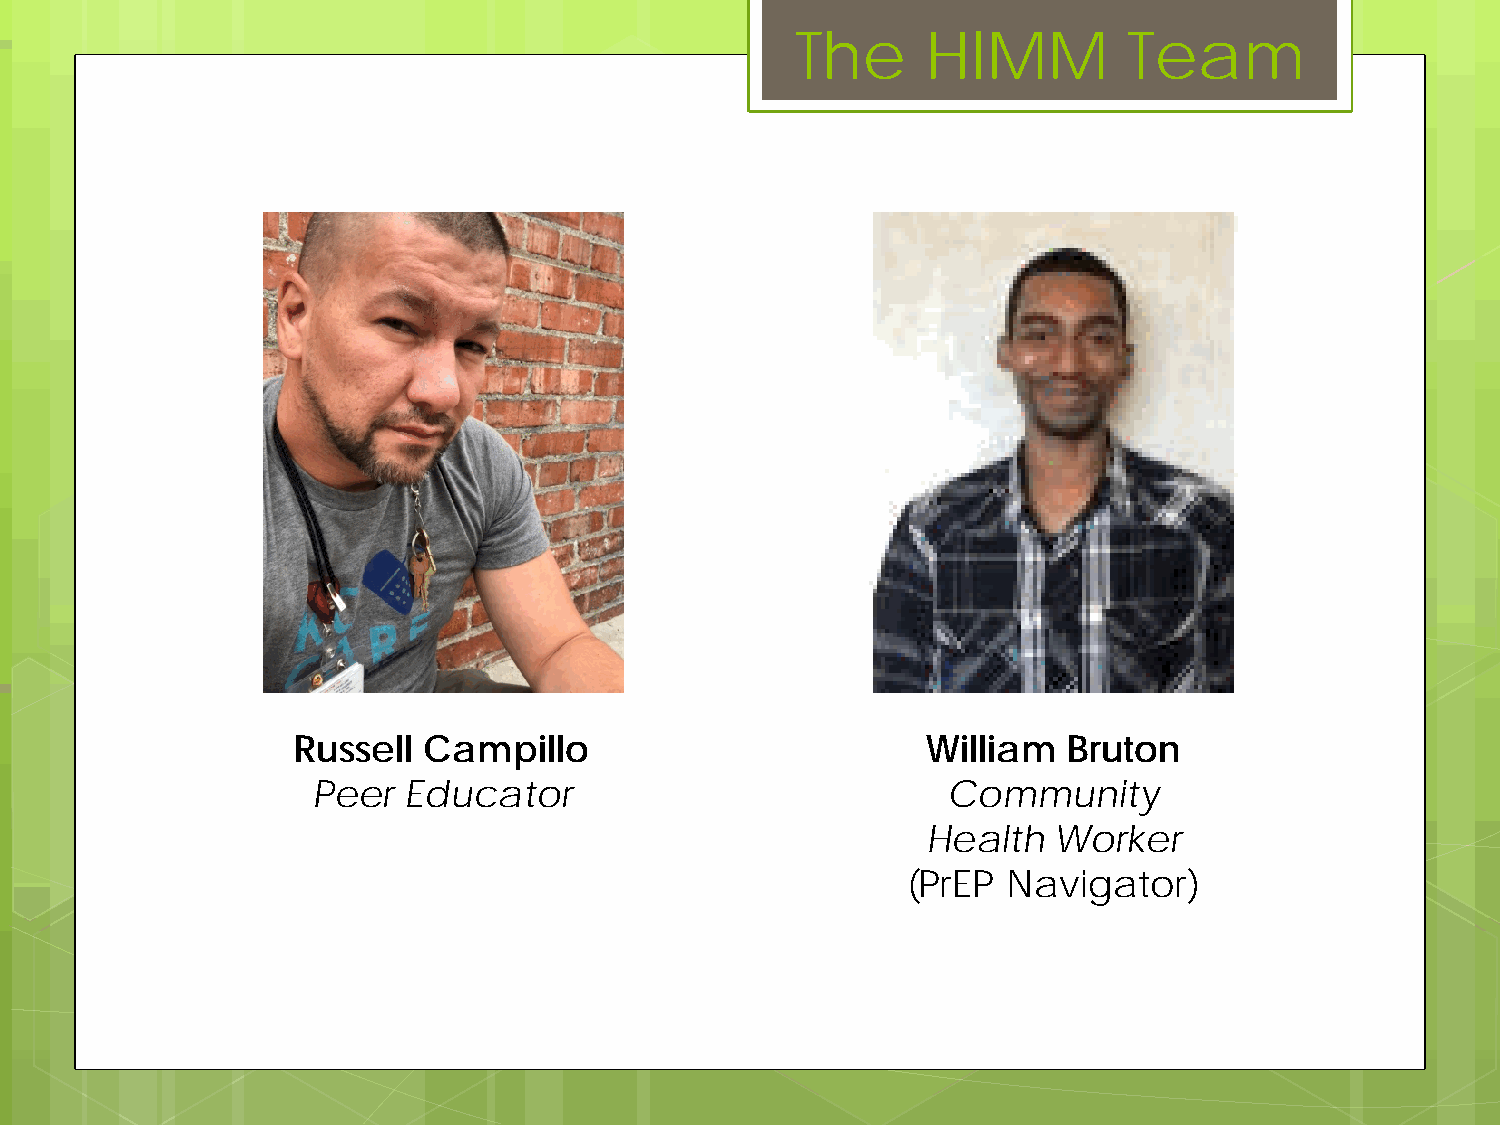
The     HIMM          Team
 Russell  Campillo                         William   Bruton
 Peer  Educator                            Community
 Health   Worker
 (PrEP  Navigator)